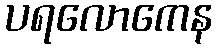
ပရလောကေန